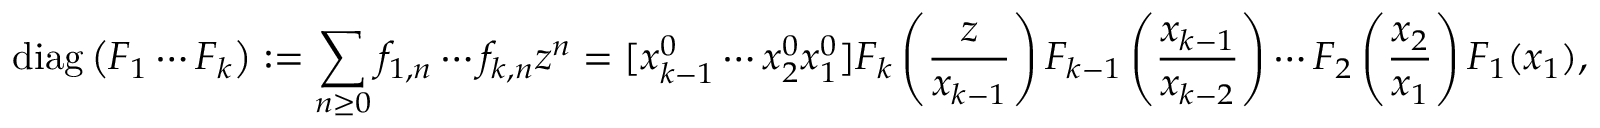
\operatorname { d i a g } \left( F _ { 1 } \cdots F _ { k } \right) : = \sum _ { n \geq 0 } f _ { 1 , n } \cdots f _ { k , n } z ^ { n } = [ x _ { k - 1 } ^ { 0 } \cdots x _ { 2 } ^ { 0 } x _ { 1 } ^ { 0 } ] F _ { k } \left( { \frac { z } { x _ { k - 1 } } } \right) F _ { k - 1 } \left( { \frac { x _ { k - 1 } } { x _ { k - 2 } } } \right) \cdots F _ { 2 } \left( { \frac { x _ { 2 } } { x _ { 1 } } } \right) F _ { 1 } ( x _ { 1 } ) ,